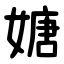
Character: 㜍